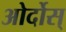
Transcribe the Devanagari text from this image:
ओर्दोस्